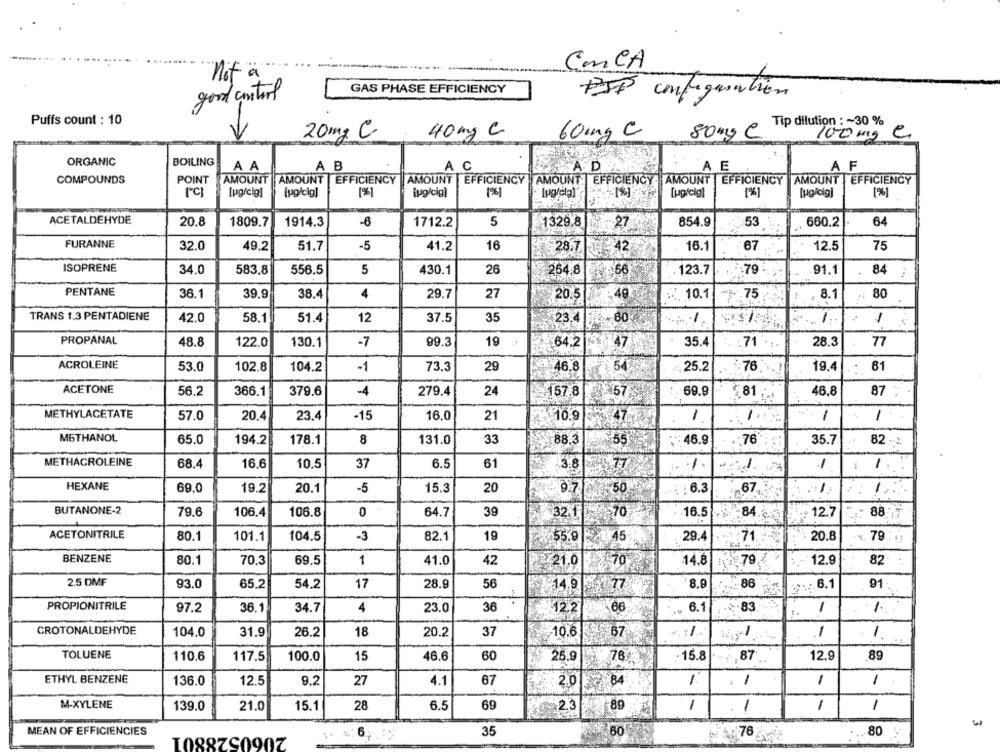
ConCA
"not a
GAS PHASE EFFICIENCY
PSP configuration
good control
Puffs count : 10
Tip dilution :~ 30 %
20mg C
40 mg C
60mg C
80mg C.
e
100 mg
ORGANIC
BOILING
A A
A B
A C
AD
A E
AF
COMPOUNDS
POINT
AMOUNT
AMOUNT
EFFICIENCY
AMOUNT
EFFICIENCY
AMOUNT | EFFICIENCY . AMOUNT
EFFICIENCY
AMOUNT
EFFICIENCY
rc
[ug/cig]
[pg/cig]
[%]
[ug/cig)
[%]
[ug'cig]
[%]
[ugicig]
[%]
ACETALDEHYDE
20,8
1809.7
1914.3
-6
1712.2
5
1329.8
-- 27
854.9
53
660.2
64
FURANNE
32.0
49.2
51.7
-5
41.2
16
28.7
42
16.1
67
12.5
75
ISOPRENE
34.0
583.8
5
264,8
66
. 123.7
.79
91.1
84
556.5
430.1
26
PENTANE
39.9
4
10.1
75
36.1
38.4
29.7
27
20.5
49
8.1
80
TRANS 1.3 PENTADIENE
42.0
58.1
51.4
12
37.5
35
23.4
.: 60
1
1
PROPANAL
48.8
122.0
130.1
-7
99.3
19
.64.2
47
35.4
.71
28.3
77
ACROLEINE
53.0
102.8
104.2
-1
73.3
29
¥46.8
54
25.2
78
19.4
: 81
ACETONE
56.2
366.1
379.6
279.4
24
57
69.9
81
46.8
87
-4
$167.8
METHYLACETATE
57.0
20.4
23.4
-15
16.0
21
.10.9
47
1
1
1
METHANOL
65.0
194.2
178.1
8
131.0
33
88.3
55
: 46.9
76
35.7
82
METHACROLEINE
68.4
16.6
10.5
37
6.5
61
3.8
77
1
1
HEXANE
69.0
19.2
-5
15.3
20
9.7
50
: 6.3
67
1.
20.1
1
BUTANONE-2
0
88
79.6
106.4
106.8
64.7
39
32.1
70
16.5
84.
12.
ACETONITRILE
80.1
101.1
104.5
-3
82.1
19
.55.9
45
29.
71
20.8
79
BENZENE
80.1
70.3
69.5
1
41.0
42
₹-21.0
70
14.8
79
2.9
82
2.5 DMF
93.0
65.2
54.2
17
28.9
56
1-14.9
77
8.9
86
... 6.1
91
PROPIONITRILE
97.2
36.1
34.7
4
23.0
36
12.2
66
6.1
83
1
1.
CROTONALDEHYDE
31.9
v.7%.
1
1
104.0
26.2
18
20.2
37
10.
67
TOLUENE
60
· 15.8
110.6
117.5
100.0
15
46.6
25.9
78
87
12.9
89
ETHYL BENZENE
136.0
12.5
9.2
27
4.1
67
2.0
1.
-
1
1
M-XYLENE
139.0
21.0
15.1
28
6.5
69
523
89
1
1
MEAN OF EFFICIENCIES
6
35
60
76
80
1088ZS090Z